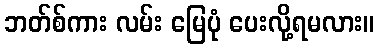
ဘတ်စ်ကား လမ်း မြေပုံ ပေးလို့ရမလား။